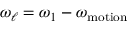
\omega _ { \ell } = \omega _ { 1 } - \omega _ { \mathrm { m o t i o n } }